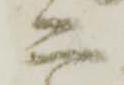
二